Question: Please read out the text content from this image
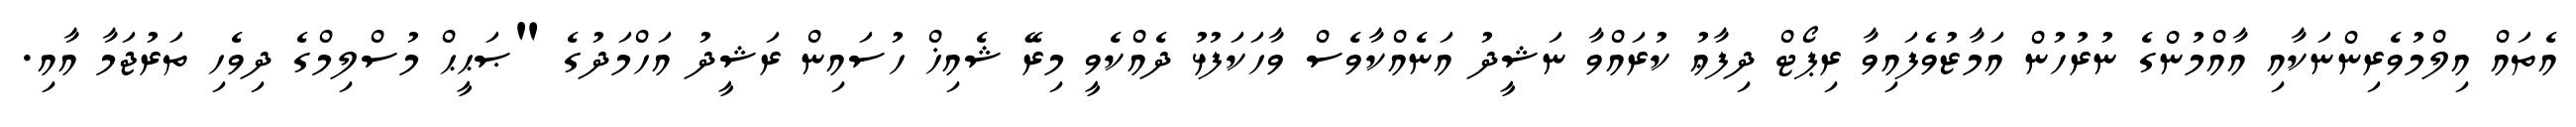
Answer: އެތައް އިލްމުވެރިންނަކާއި އާއްމުންގެ ނުރުހުން އަމާޒުވެފައިވާ ރިޕޯޓް ދިފާޢު ކުރައްވާ ނަޝީދު އަނެއްކާވެސް ވާހަކަފުޅު ދެއްކެވީ މިރޭ ޝެއިޚް ހުސައިން ރަޝީދު އަހްމަދުގެ "ޞަޙީޙް މުސްލިމްގެ ދިވެހި ތަރުޖަމާ އާއި.